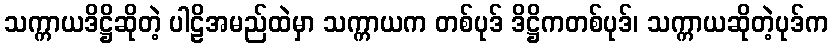
သက္ကာယဒိဋ္ဌိဆိုတဲ့ ပါဠိအမည်ထဲမှာ သက္ကာယက တစ်ပုဒ် ဒိဋ္ဌိကတစ်ပုဒ်၊ သက္ကာယဆိုတဲ့ပုဒ်က